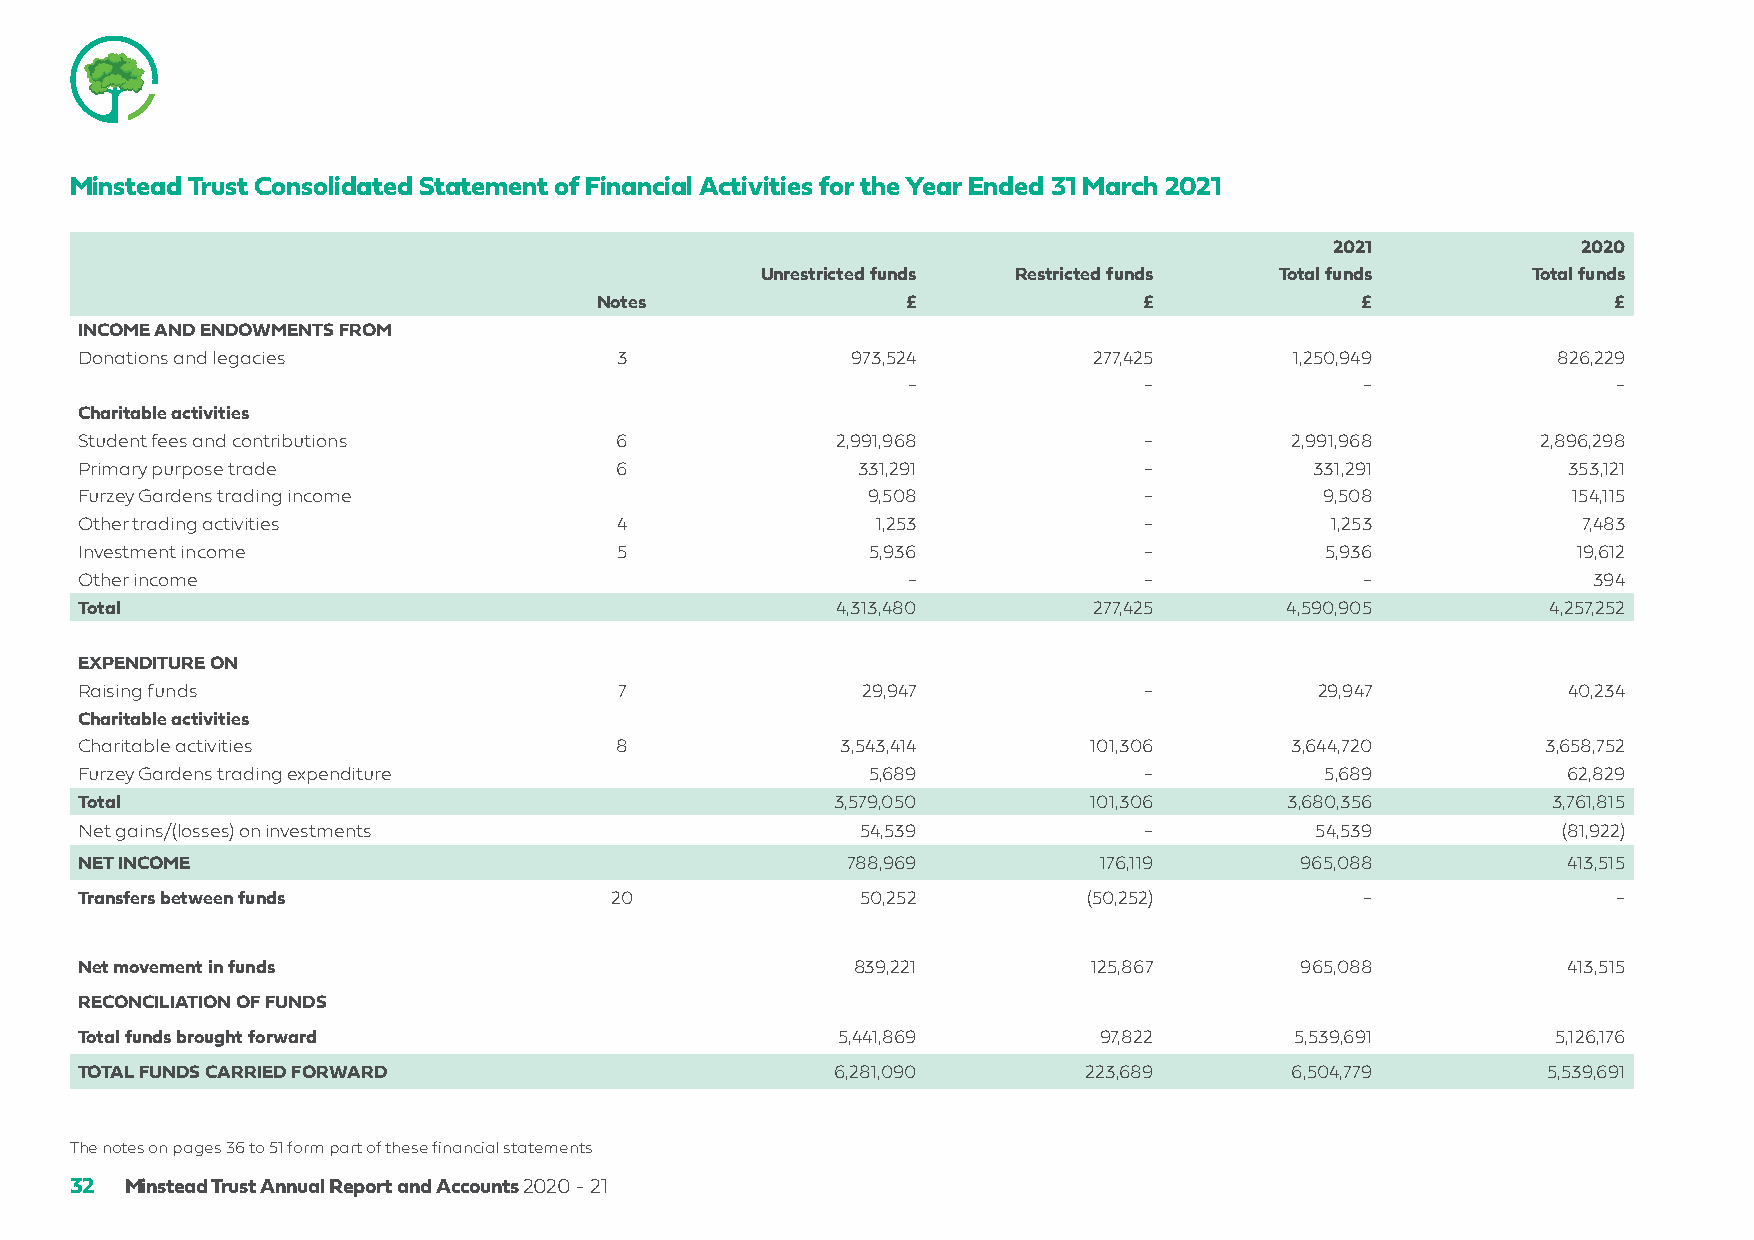
Minstead Trust Consolidated Statement of Financial Activities for the Year Ended 31 March 2021
 2021             2020
 Unrestricted funds Restricted funds Total funds    Total funds
 Notes                £               £             £                £
 INCOME AND ENDOWMENTS FROM
 Donations and legacies              3              973,524         277,425       1,250,949        826,229
 -               -             -                -
 Charitable activities
 Student fees and contributions      6             2,991,968            -        2,991,968        2,896,298
 Primary purpose trade               6               331,291            -          331,291          353,121
 Furzey Gardens trading income                       9,508              -           9,508           154,115
 Other trading activities            4                1,253             -           1,253            7,483
 Investment income                   5               5,936              -           5,936           19,612
 Other income                                           -               -             -              394
 Total                                             4,313,480        277,425      4,590,905        4,257,252
 EXPENDITURE ON
 Raising funds                       7               29,947             -          29,947           40,234
 Charitable activities
 Charitable activities               8              3,543,414       101,306      3,644,720        3,658,752
 Furzey Gardens trading expenditure                  5,689              -           5,689           62,829
 Total                                             3,579,050        101,306      3,680,356         3,761,815
 Net gains/(losses) on investments                   54,539             -          54,539          (81,922)
 NET INCOME                                         788,969          176,119      965,088           413,515
 Transfers between funds            20               50,252         (50,252)          -                -
 Net movement in funds                              839,221         125,867       965,088           413,515
 RECONCILIATION OF FUNDS
 Total funds brought forward                       5,441,869         97,822       5,539,691        5,126,176
 TOTAL FUNDS CARRIED FORWARD                       6,281,090        223,689      6,504,779        5,539,691
 The notes on pages 36 to 51 form part of these financial statements
 32 Minstead Trust Annual Report and Accounts 2020 - 21